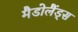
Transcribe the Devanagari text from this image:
मैडोलैंड्स